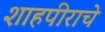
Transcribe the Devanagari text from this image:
शाहपीराचे